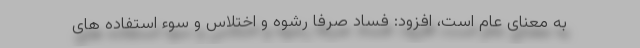
به معنای عام است، افزود: فساد صرفا رشوه و اختلاس و سوء استفاده های